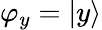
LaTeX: \varphi_{y}=|y\rangle